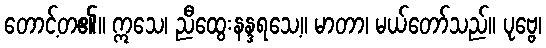
တောင့်တ၏။ ဣသေ၊ ညီထွေးနန္ဒရသေ့။ မာတာ၊ မယ်တော်သည်။ ပုဗ္ဗေ၊